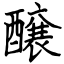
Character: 醸